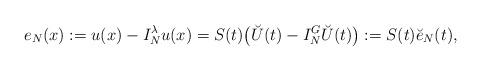
LaTeX: \begin{align*} e_N(x)& :=u(x)-I_N^{\lambda} u(x)= S(t)\big(\breve U(t)-I_N^G \breve U(t)\big):=S(t) \breve e_N(t),\end{align*}